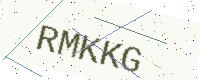
Text: RMKKG